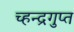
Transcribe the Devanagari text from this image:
च्हन्द्रगुप्त